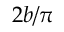
2 b / \pi